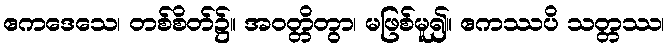
ဧကဒေသေ၊ တစ်စိတ်၌။ အဝတ္တိတွာ၊ မဖြစ်မူ၍။ ဧကဿပိ သတ္တဿ၊